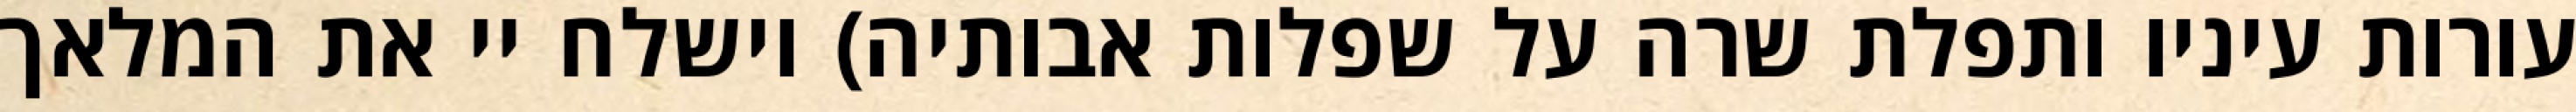
עורות עיניו ותפלת שרה על שפלות אבותיה) וישלח יי את המלאך